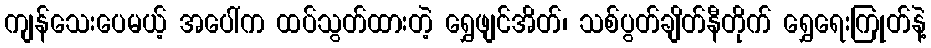
ကျန်သေးပေမယ့် အပေါ်က ထပ်သွတ်ထားတဲ့ ရွှေဖျင်အိတ်၊ သစ်ပွတ်ချိတ်နီတိုက် ရွှေရေးကြုတ်နဲ့